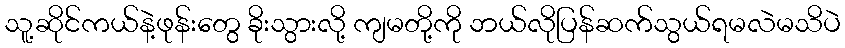
သူ့ဆိုင်ကယ်နဲ့ဖုန်းတွေ ခိုးသွားလို့ ကျမတို့ကို ဘယ်လိုပြန်ဆက်သွယ်ရမလဲမသိပဲ